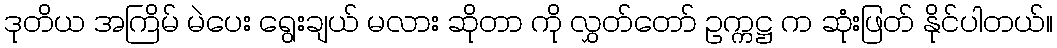
ဒုတိယ အကြိမ် မဲပေး ရွေးချယ် မလား ဆိုတာ ကို လွှတ်တော် ဥက္ကဋ္ဌ က ဆုံးဖြတ် နိုင်ပါတယ်။